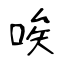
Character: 唉